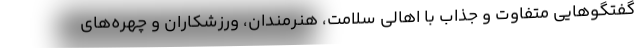
گفتگوهایی متفاوت و جذاب با اهالی سلامت، هنرمندان، ورزشکاران و چهره‌های